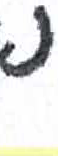
אות: נ